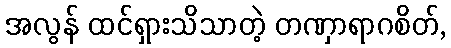
အလွန် ထင်ရှားသိသာတဲ့ တဏှာရာဂစိတ်,